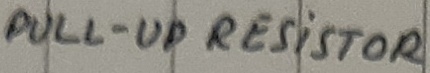
Text: PULL-UP RESISTOR